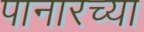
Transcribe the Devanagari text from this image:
पानारच्या